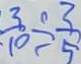
\frac { 3 } { 1 0 } \div \frac { 3 } { 5 }